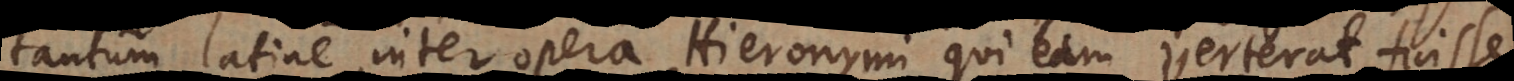
tantum latine inter opera Hieronymi qui eam verterat fuisse